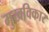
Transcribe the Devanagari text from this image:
मुखविकार